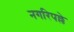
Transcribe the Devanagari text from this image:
नगरिपल्ले